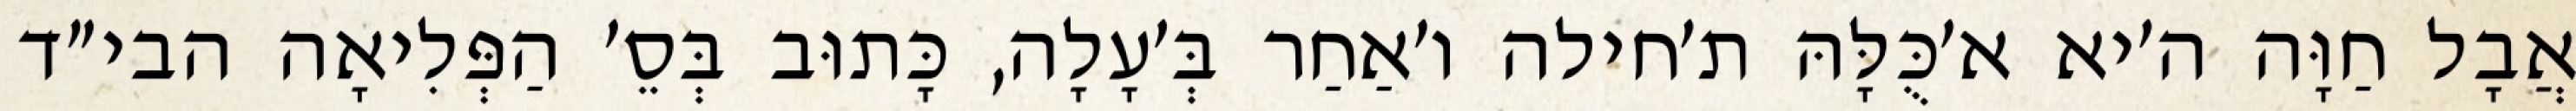
אֲבָל חַוָּה ה׳יא א׳כֻּלָּהּ ת׳חילה ו׳אַחַר בְּ׳עָלָה, כָּתוּב בְּסֵ׳ הַפְּלִיאָה הבי״ד